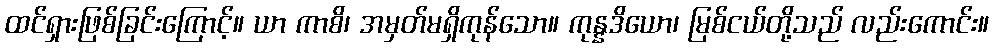
ထင်ရှားဖြစ်ခြင်းကြောင့်။ ယာ ကာစိ၊ အမှတ်မရှိကုန်သော။ ကုန္နဒိယော၊ မြစ်ငယ်တို့သည် လည်းကောင်း။